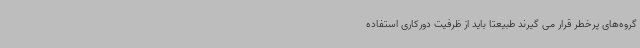
گروه‌های پرخطر قرار می گیرند طبیعتا باید از ظرفیت دورکاری استفاده